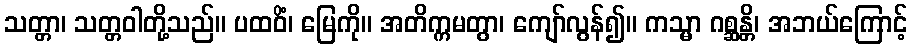
သတ္တာ၊ သတ္တဝါတို့သည်။ ပထဝိံ၊ မြေကို။ အတိက္ကမတွာ၊ ကျော်လွန်၍။ ကသ္မာ ဂစ္ဆန္တိ၊ အဘယ်ကြောင့်